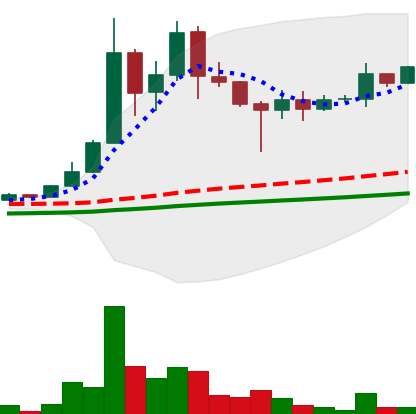
Ticker: DOGE-USD
Chart end date: 2021-04-30
Forward return: 94.819%
Label: up_7plus